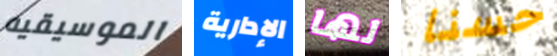
الموسيقيه الإدارية لها حسنا